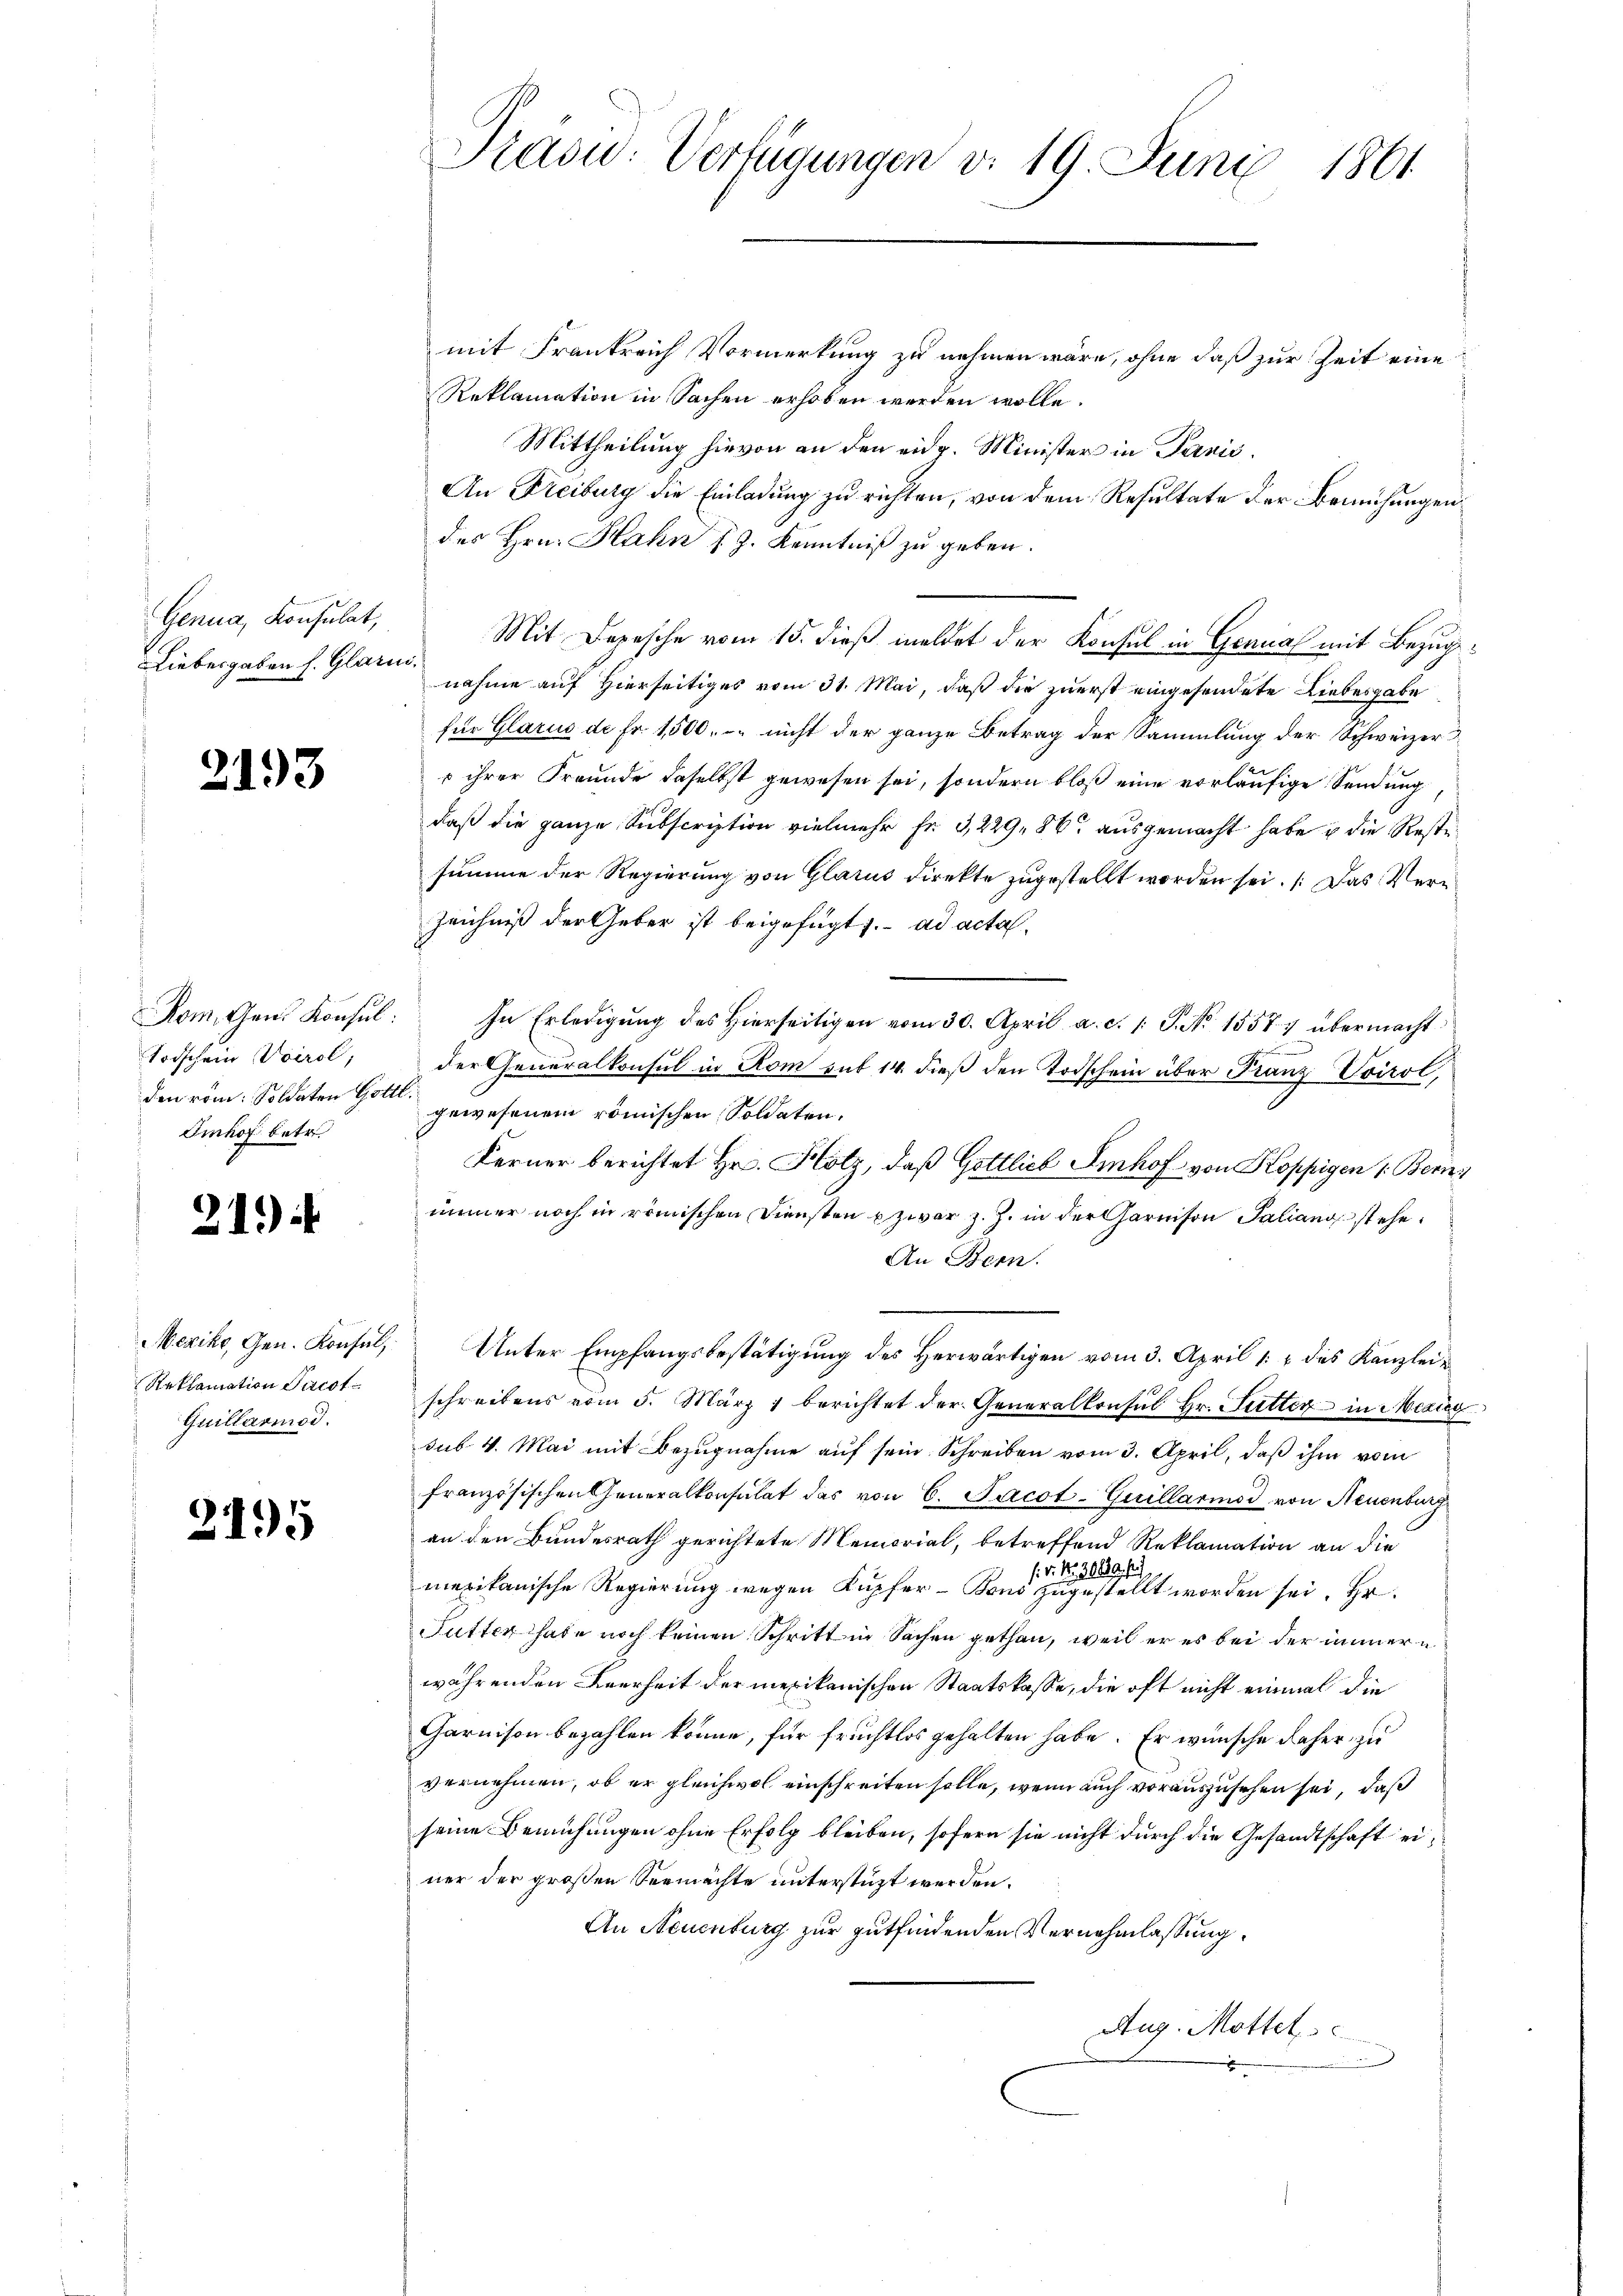
Genua, Konsulat,
Liebesgaben h. Glarui.

21

93

Todschein Voirol,
den röm: Soldaten Gottl.
Imhof betr.

21.)

Mezike, Gen. Konsul,
Reklamation Frist
Quillarmod.

2195

Präsid: Verfügungen d. 19. Juni 1861

mit Frankreich Vormerkung zu nehmen wäre, ohne daß zur Zeit eine
Reklamation in Sachen erhoben werden wolle.
Mittheilung hievon an den eidg. Minister in Panić.
An Freiburg die Einladung zu richten, von dem Resultate der Bemühungen
des Hrn. Hahn (Z. Kenntniß zu geben.
Mit Depesche vom 15. dieß meldet der Konsul in Genual mit Bezugnahme auf Hierseitiges vom 31. Mai, daß die zuerst eingesendete Liebesgabe
für Glarus de Fr. 1500. u. nicht der ganze Betrag der Sammlung der Schweizer
s ihrer Freunde daselbst gewesen sei, sondern bloß eine vorläufige Sendung
daß die ganze Subscription vielmehr Fr. 3, 229, 86 ausgemacht habe u die Reste
summe der Regierung von Glarus direkte zugestellt worden sei. Das Ver¬
Zeichniß der Geber ist beigefügt f. ad acta
Rom. Gen. Konsŭl: In Erledigung des hierseitigen vom 30. April a. c. 1. P. No 15577 übermacht
1
der Generalkonsul in Rom sub 14. dieß den Todschein über Franz Voirol,
gewesenem römischen Soldaten.
Ferner berichtet Hr. Hotz, daß Gottlich Imhof von Koppigen 1. Beri
immer noch in römischen Diensten zwar z. Z. in der Garnison Paliang stehe¬
An Bern.
Unter Empfangsbestätigung des Herwärtigen vom 3. April 12 des Kanzleischreibens vom 5. März 1 berichtet der Generalkonsul Hr. Sutter in Mezig
sub. 4. Mai mit Bezugnahme auf sein Schreiben vom 3. April, daß ihm vom
französischen Generalkonsulat das von 6. Jacot-Guillarmod von Neuenburg
an den Bundesrath gerichtete Memorial, betreffend Reklamation an die
29 ff
: No 136
merikanische Regierung wegen Kupfer-Bons zugestellt worden sei. Hr.
Futter thate noch keinen Schritt in Sachen gethan, weil er es bei der immern
währenden Leerheit der mexikanischen Staatskasse, die oft nicht einmal die
Carnison bezahlen könne, für fruchtlos gehalten habe. Er wünsche daher zu
vernehmen, ob er gleichwol einschreiten solle, wenn auch vorauszusehen sei, daß
seine Bemühungen ohne Erfolg bleiben, sofern sie nicht durch die Gesandtschaft einer der großen Vermächte unterstüzt werden.
An Neuenburg zur gutfindenden Vernehmlassung
Aug. Mottet